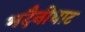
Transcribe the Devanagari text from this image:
भदैनीघाट